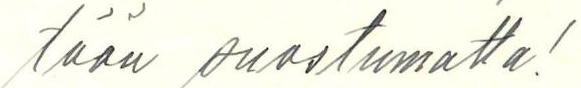
töön suostumatta!